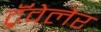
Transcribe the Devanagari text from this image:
ट्रॅवेलेर